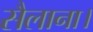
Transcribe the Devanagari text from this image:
सैलाना।